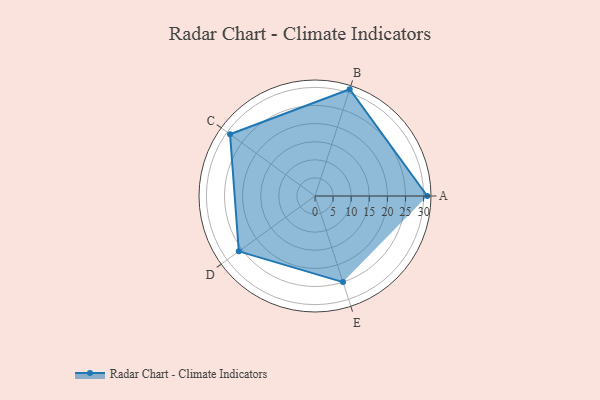
{"axis": {"x": "Skill", "y": "Score"}, "legend": ["Profile"], "data": [{"x": "A", "y": 31.0, "type": "Profile"}, {"x": "B", "y": 31.0, "type": "Profile"}, {"x": "C", "y": 29.0, "type": "Profile"}, {"x": "D", "y": 26.0, "type": "Profile"}, {"x": "E", "y": 25.0, "type": "Profile"}]}